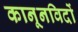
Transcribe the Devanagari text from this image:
कानूनविदों